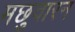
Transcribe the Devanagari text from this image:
मछुवारन